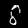
Digit: 8